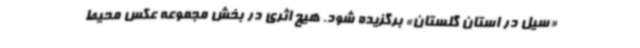
«سیل در استان گلستان» برگزیده شود. هیچ اثری در بخش مجموعه عکس محیط